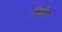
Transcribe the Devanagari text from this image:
लिथिर